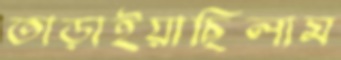
তাড়াইয়াছিলাম